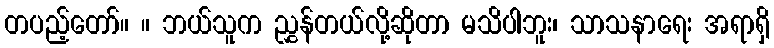
တပည့်တော်။ ။ ဘယ်သူက ညွှန်တယ်လို့ဆိုတာ မသိပါဘူး၊ သာသနာရေး အရာရှိ